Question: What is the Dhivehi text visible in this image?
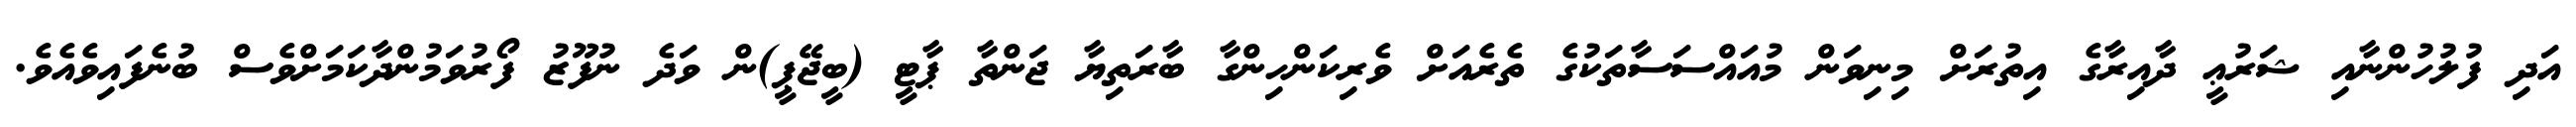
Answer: އަދި ފުލުހުންނާއި ޝަރުޢީ ދާއިރާގެ އިތުރަށް މިނިވަން މުއައްސަސާތަކުގެ ތެރެއަށް ވެރިކަންހިންގާ ބާރަތިޔާ ޖަންތާ ޕާޓީ (ބީޖޭޕީ)ން ވަދެ ނުފޫޒު ފޯރުވަމުންދާކަމަށްވެސް ބުނެފައިވެއެވެ.